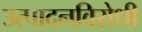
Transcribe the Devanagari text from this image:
उत्पादनविरोधी